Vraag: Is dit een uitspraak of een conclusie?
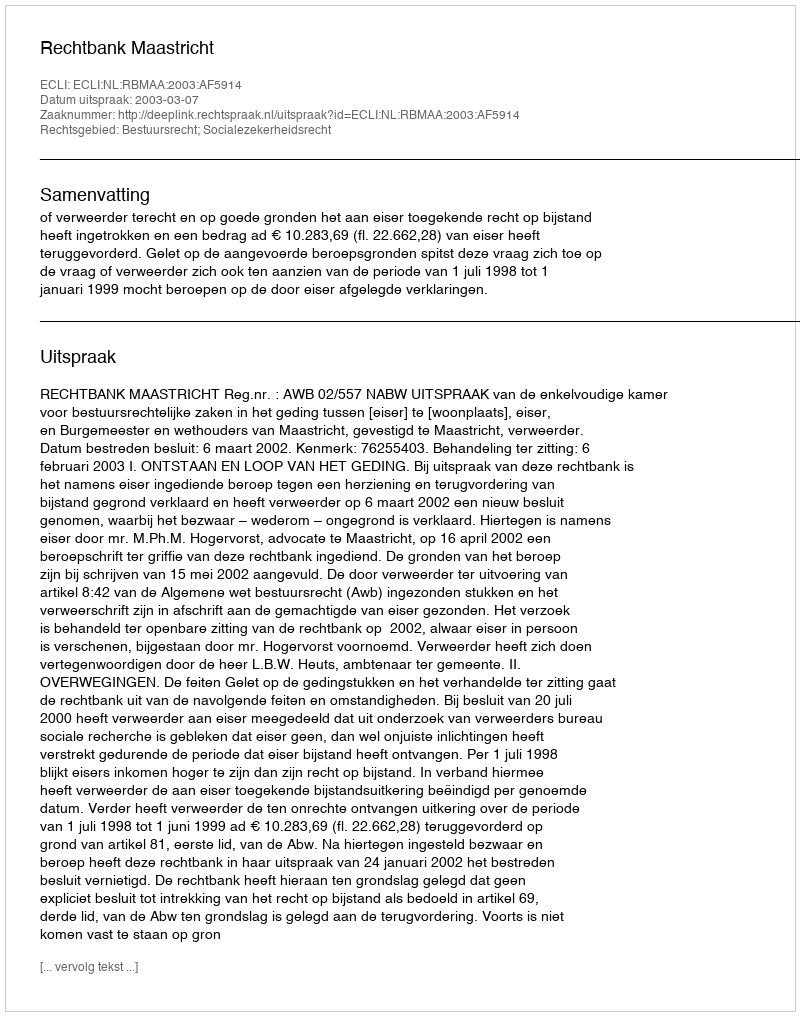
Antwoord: Uitspraak